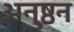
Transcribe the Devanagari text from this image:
अनुष्ठन